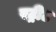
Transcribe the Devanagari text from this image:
रट्रीट